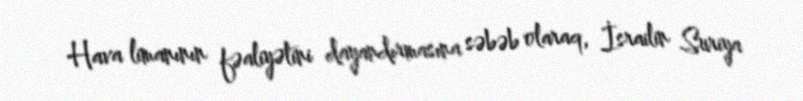
Hava limanının fəaliyətini dayandırmasına səbəb olaraq, İsrailin Suriya